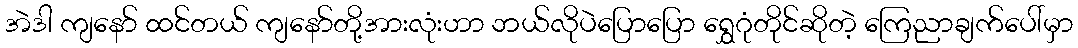
အဲဒါ ကျနော် ထင်တယ် ကျနော်တို့အားလုံးဟာ ဘယ်လိုပဲပြောပြော ရွှေဂုံတိုင်ဆိုတဲ့ ကြေညာချက်ပေါ်မှာ